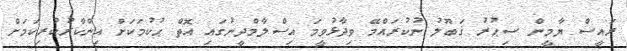
ރައީސް ޔާމީން ސިޙުރު ޤަބޫލު ނުކުރައްމޭ ވިދާޅުވީމަ އިސްލާމްދީނުގައި އޮތް ޙުކުމަކަށް އިންކާރުކުރިކަމަށް